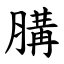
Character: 䐟